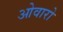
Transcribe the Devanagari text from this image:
ओवारो